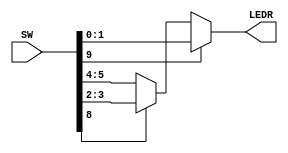
/*
	Author: Quyet Luu
	Date: 7/25/2016
*/

module lab1_part3(SW, LEDR);
input [9:0] SW;
output [1:0] LEDR;

assign LEDR = SW[9]? SW[1:0] : 
				  SW[8]? SW[3:2] : SW[5:4];

endmodule